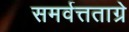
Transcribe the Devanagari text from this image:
समर्वत्तताग्रे